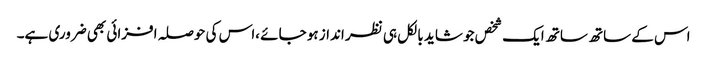
اس کے ساتھ ساتھ ایک شخص جو شاید بالکل ہی نظر انداز ہو جائے ،اس کی حوصلہ افزائی بھی ضروری ہے۔